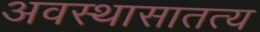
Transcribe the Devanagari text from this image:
अवस्थासातत्य